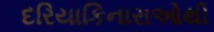
દરિયાકિનારાઓથી